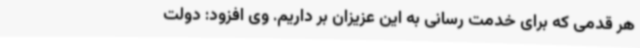
هر قدمی که برای خدمت رسانی به این عزیزان بر داریم. وی افزود: دولت